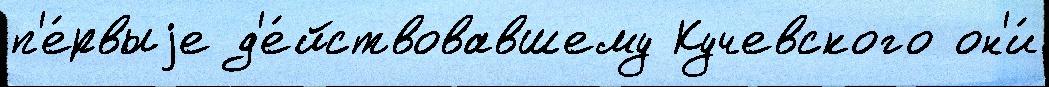
п'е́рвыjе д'е́йствовавшему Кучевского он'и́